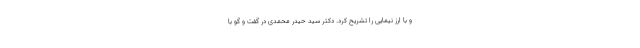
و با ارز نیمایی را تشریح کرد. دکتر سید حیدر محمدی در گفت و گو با